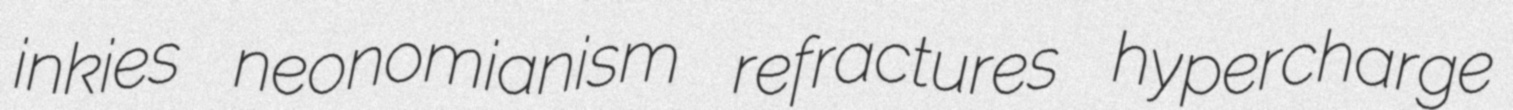
inkies neonomianism refractures hypercharge